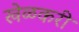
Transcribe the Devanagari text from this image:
खेळकरी